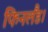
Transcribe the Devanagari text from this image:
फिनलैंड।